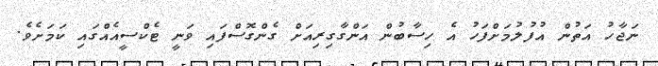
ނަޖާހު އަތުން އުފުލުމަށްފަހު އެ ހިސާބުން އަންގާގިރިއަށް ގެންގޮސްފައި ވަނީ ޓެކްސީއެއްގައި ކަމަށެވެ.